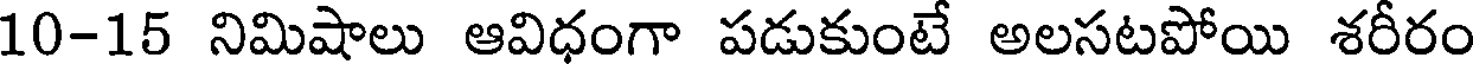
10-15 నిమిషాలు ఆవిధంగా పడుకుంటే అలసటపోయి శరీరం